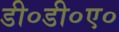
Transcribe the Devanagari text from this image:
डी०डी०ए०